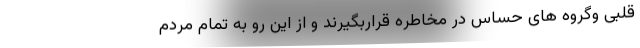
قلبی وگروه های حساس در مخاطره قراربگیرند و از این رو به تمام مردم